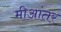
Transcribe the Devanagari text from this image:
मीआंतर